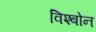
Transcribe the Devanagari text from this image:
विश्बोन